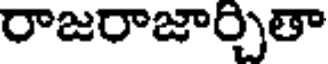
రాజరాజార్చితా